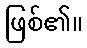
ဖြစ်၏။